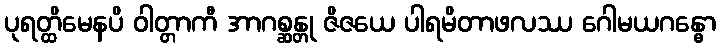
ပုရတ္ထိမေနပိ ဝါတ္တာကီ အာဂစ္ဆန္တု ဇိဇယေ ပါရမိတာဖလဿ ဂေါမယဂန္ဓော